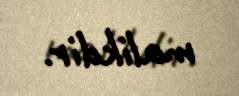
malikdir.